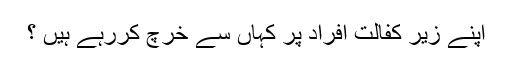
اپنے زیر کفالت افراد پر کہاں سے خرچ کررہے ہیں ؟